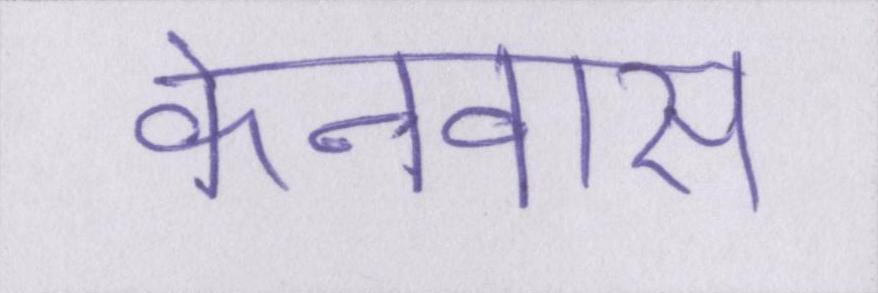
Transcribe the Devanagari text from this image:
केनवास